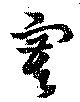
寞